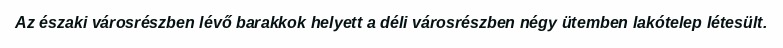
Az északi városrészben lévő barakkok helyett a déli városrészben négy ütemben lakótelep létesült.